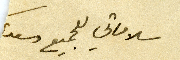
سلاماتي للجميع وسعد